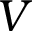
V